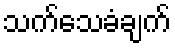
သက်သေခံချက်